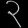
Digit: ၃